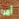
أمرا